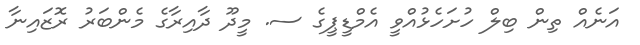
އަނެއް ތިން ބިލް ހުށަހެޅުއްވީ އެމްޑީޕީގެ ސ. މީދޫ ދާއިރާގެ މެންބަރު ރޮޒައިނާ